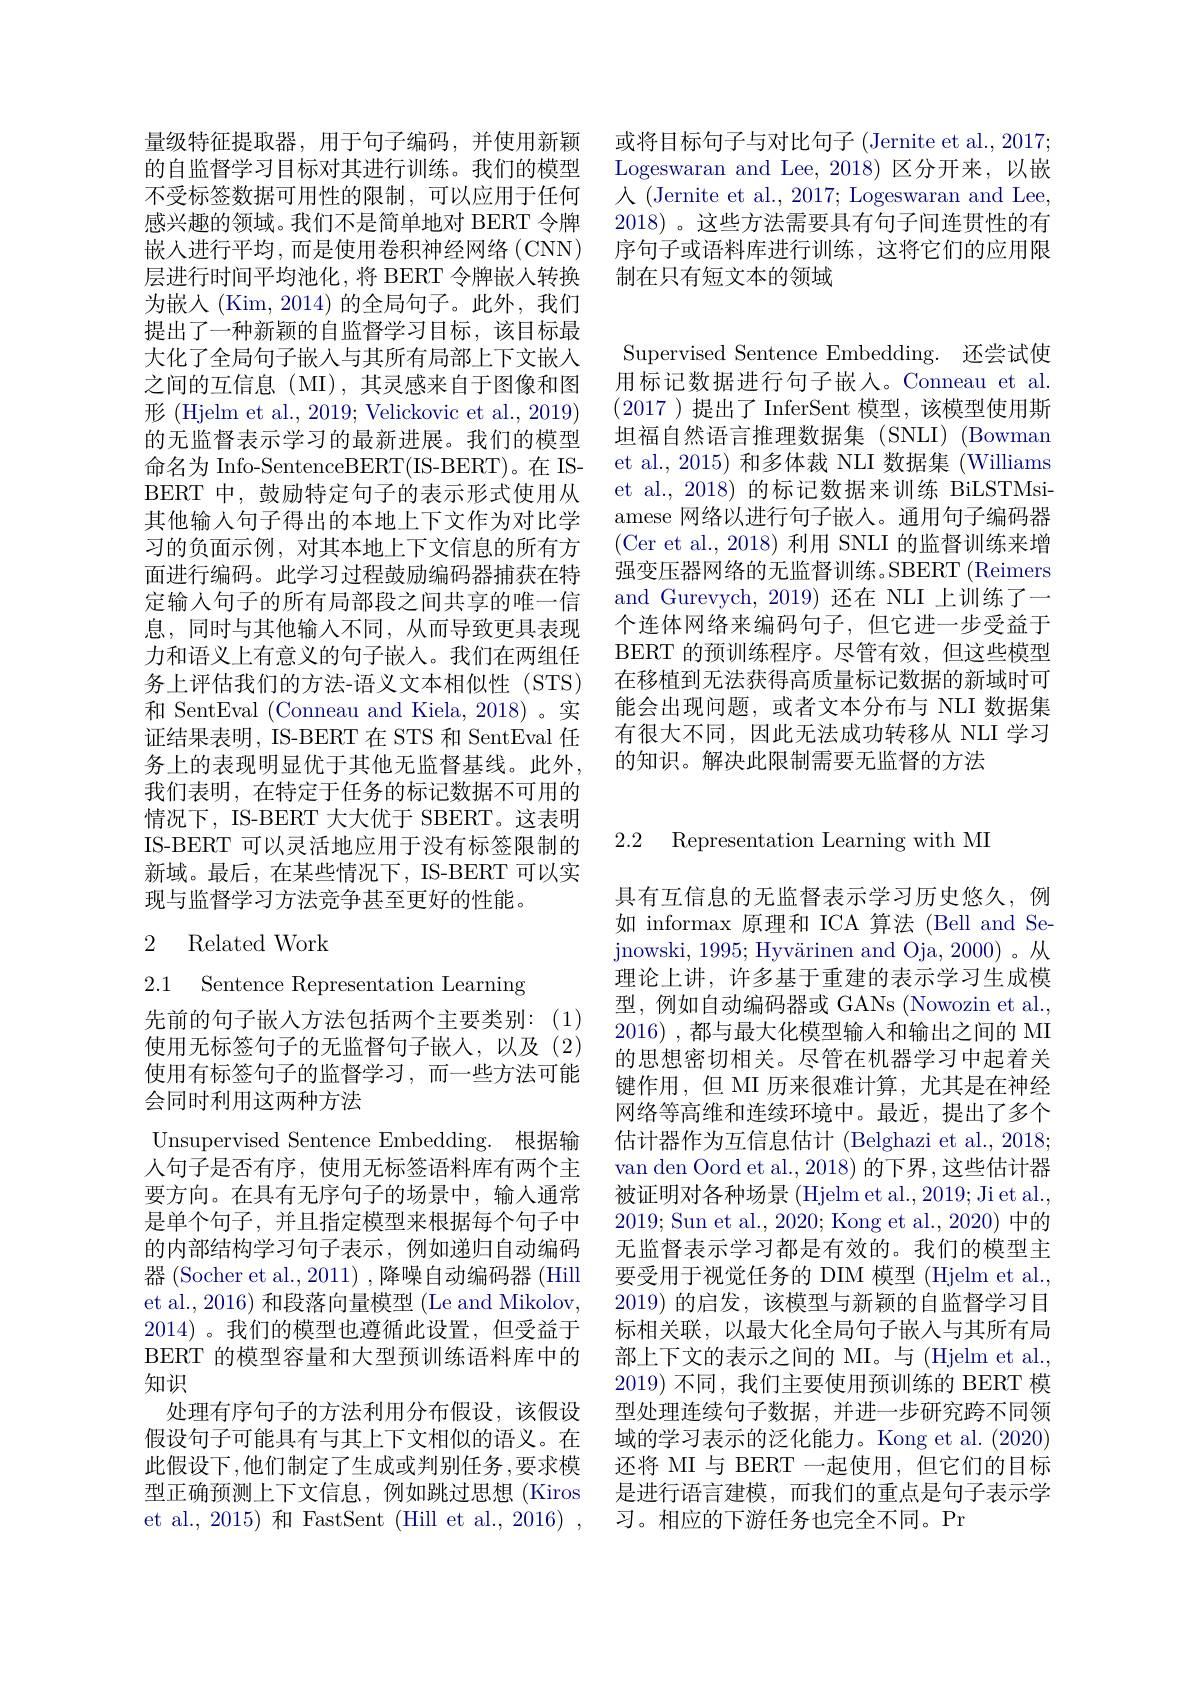
或将目标句子与对比句子 (Jernite et al., 2017; Logeswaran and Lee, 2018) 区分开来，以嵌人 (Jernite et al., 2017; Logeswaran and Lee, 2018)。这些方法需要具有句子间连贯性的有序句子或语料库进行训练，这将它们的应用限制在只有短文本的领域

Supervised Sentence Embedding. 还尝试使用标记数据进行句子嵌入。Conneau et al. (2017 )提出了 InferSent 模型，该模型使用斯坦福自然语言推理数据集(SNLI)(Bowman et al.,2015) 和多体裁 NLI 数据集 (Williams et al., 2018) 的标记数据来训练 BiLSTMsiamese 网络以进行句子嵌入。通用句子编码器(Cer et al., 2018) 利用 SNLI 的监督训练来增强变压器网络的无监督训练。SBERT (Reimers and Gurevych,2019)还在 NLI 上训练了一个连体网络来编码句子，但它进一步受益于BERT 的预训练程序。尽管有效，但这些模型在移植到无法获得高质量标记数据的新域时可能会出现问题，或者文本分布与 NLI 数据集有很大不同，因此无法成功转移从 NLI 学习的知识。解决此限制需要无监督的方法

量级特征提取器，用于句子编码，并使用新颖的自监督学习目标对其进行训练。我们的模型不受标签数据可用性的限制，可以应用于任何感兴趣的领域。我们不是简单地对 BERT 令牌嵌入进行平均，而是使用卷积神经网络(CNN) 层进行时间平均池化，将 BERT 令牌嵌人转换为嵌入(Kim,2014)的全局句子。此外，我们提出了一种新颖的自监督学习目标，该目标最大化了全局句子嵌入与其所有局部上下文嵌入之间的互信息(MI),其灵感来自于图像和图形 (Hjelm et al., 2019; Velickovic et al., 2019) 的无监督表示学习的最新进展。我们的模型命名为 Info-SentenceBERT(IS-BERT)。在 ISBERT 中，鼓励特定句子的表示形式使用从其他输入句子得出的本地上下文作为对比学习的负面示例，对其本地上下文信息的所有方面进行编码。此学习过程鼓励编码器捕获在特定输入句子的所有局部段之间共享的唯一信息，同时与其他输入不同，从而导致更具表现力和语义上有意义的句子嵌人。我们在两组任务上评估我们的方法-语义文本相似性(STS) 和 SentEval (Conneau and Kiela, 2018)。实证结果表明，IS-BERT 在 STS 和 SentEval 任务上的表现明显优于其他无监督基线。此外， 我们表明，在特定于任务的标记数据不可用的情况下，IS-BERT 大大优于 SBERT。这表明IS-BERT 可以灵活地应用于没有标签限制的新域。最后，在某些情况下，IS-BERT 可以实现与监督学习方法竞争甚至更好的性能。

## 2 Related Work

2.1 Sentence Representation Learning

先前的句子嵌入方法包括两个主要类别：(1) 使用无标签句子的无监督句子嵌人，以及(2) 使用有标签句子的监督学习，而一些方法可能会同时利用这两种方法
Unsupervised Sentence Embedding. 根据输人句子是否有序，使用无标签语料库有两个主要方向。在具有无序句子的场景中，输人通常是单个句子，并且指定模型来根据每个句子中的内部结构学习句子表示，例如递归自动编码器 (Socher et al., 2011) , 降噪自动编码器 (Hill et al., 2016) 和段落向量模型 (Le and Mikolov, 2014) 。我们的模型也遵循此设置，但受益于BERT 的模型容量和大型预训练语料库中的知识
处理有序句子的方法利用分布假设，该假设假设句子可能具有与其上下文相似的语义。在此假设下，他们制定了生成或判别任务 ,要求模型正确预测上下文信息，例如跳过思想(Kiros et al., 2015) 和 FastSent (Hill et al., 2016) ,

2.2 Representation Learning with MI

具有互信息的无监督表示学习历史悠久，例如 informax 原理和 ICA 算法 (Bell and Se- ${\mathrm{jnowski,~1995;~Hyv\"{a}rinen~and~Oja,~2000)~。从}}$ 理论上讲，许多基于重建的表示学习生成模型，例如自动编码器或 GANs (Nowozin et al., 2016) ,都与最大化模型输入和输出之间的 MI 的思想密切相关。尽管在机器学习中起着关键作用，但 MI 历来很难计算，尤其是在神经网络等高维和连续环境中。最近，提出了多个估计器作为互信息估计 (Belghazi et al., 2018; van den Oord et al., 2018) 的下界，这些估计器被证明对各种场景 (Hjelm et al., 2019; Ji et al., 2019; Sun et al., 2020; Kong et al., 2020) 中的无监督表示学习都是有效的。我们的模型主要受用于视觉任务的 DIM 模型 (Hjelm et al., 2019)的启发，该模型与新颖的自监督学习目标相关联，以最大化全局句子嵌人与其所有局部上下文的表示之间的 MI。与 (Hjelm et al., 2019)不同 , 我们主要使用预训练的 BERT 模型处理连续句子数据，并进一步研究跨不同领域的学习表示的泛化能力。Kong et al. (2020) 还将 MI 与 BERT 一起使用，但它们的目标是进行语言建模，而我们的重点是句子表示学习。相应的下游任务也完全不同。Pr